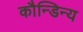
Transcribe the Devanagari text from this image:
कौन्डिन्य